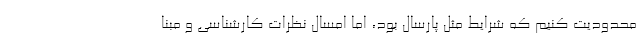
محدودیت کنیم که شرایط مثل پارسال بود، اما امسال نظرات کارشناسی و مبنا